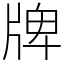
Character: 牌